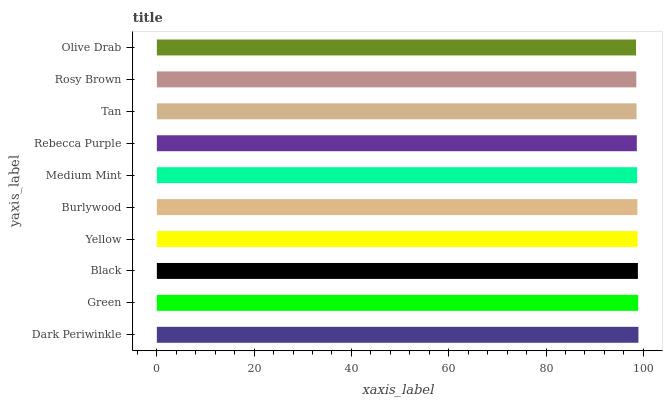
| yaxis_label | bars |
 | --- | --- |
 | Dark Periwinkle | 99 |
 | Green | 98.9 |
 | Black | 98.9 |
 | Yellow | 98.8 |
 | Burlywood | 98.8 |
 | Medium Mint | 98.7 |
 | Rebecca Purple | 98.7 |
 | Tan | 98.6 |
 | Rosy Brown | 98.6 |
 | Olive Drab | 98.5 |